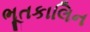
ભૂતકાલિન